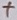
Text: +